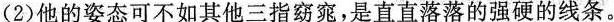
（2）他的姿态可不如其他三指窈窕，是直直落落的强硬的线条。